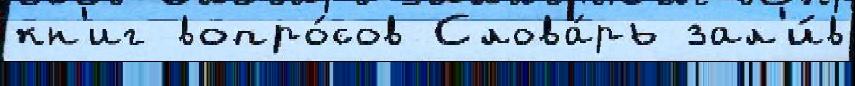
кн'иг вопро́сов Слова́рь зал'и́в